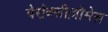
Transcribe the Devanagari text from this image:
पेरॉक्सीज़ोमेस